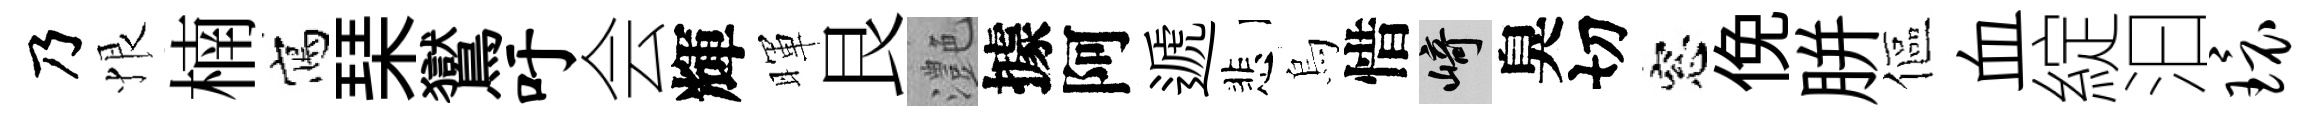
乃恨楠寫琹鸑吁会輝暉艮灔據阿遞悲烏惜崎臭切窓俛胼傴血綻汩环